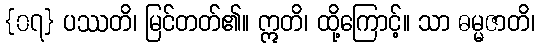
{၀၇} ပဿတိ၊ မြင်တတ်၏။ ဣတိ၊ ထို့ကြောင့်။ သာ ဓမ္မဇာတိ၊